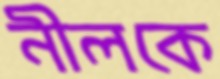
নীলকে